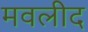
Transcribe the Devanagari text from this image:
मवलीद